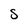
Character: S